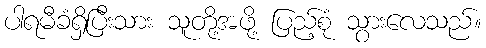
ပါရမီခံရှိပြီးသား သူတို့အဖို့ ပြည့်စုံ သွားလေသည်။